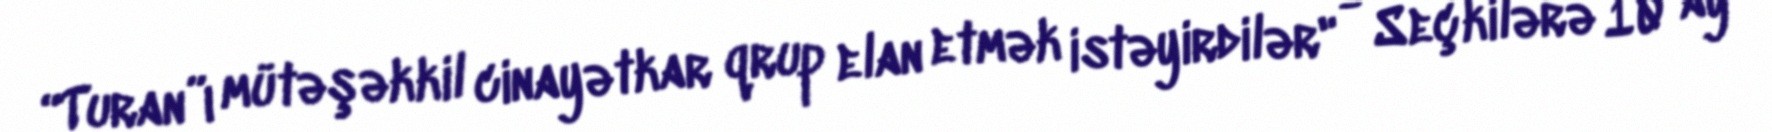
“Turan”ı mütəşəkkil cinayətkar qrup elan etmək istəyirdilər" - Seçkilərə 10 ay